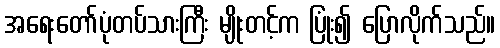
အရေးတော်ပုံတပ်သားကြီး မျိုးတင့်က ပြုံး၍ ပြောလိုက်သည်။